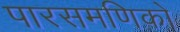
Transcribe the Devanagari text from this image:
पारसमणिको